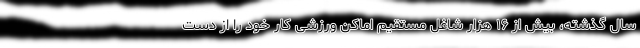
سال گذشته، بیش از ۱۶ هزار شاغل مستقیم اماکن ورزشی کار خود را از دست